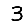
Digit: 3